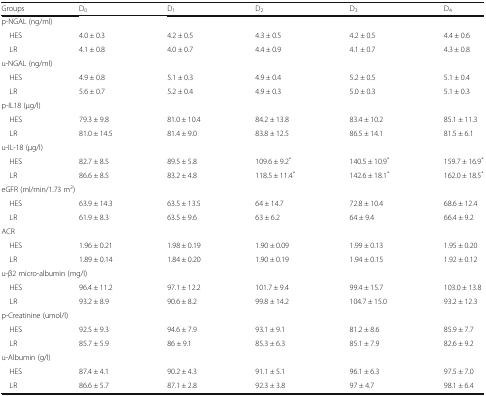
<table><thead><tr><td><b>Groups</b></td><td><b>D<sub>0</sub></b></td><td><b>D<sub>1</sub></b></td><td><b>D<sub>2</sub></b></td><td><b>D<sub>3</sub></b></td><td><b>D<sub>4</sub></b></td></tr></thead><tbody><tr><td colspan="6">p-NGAL (ng/ml)</td></tr><tr><td> HES</td><td>4.0 ± 0.3</td><td>4.2 ± 0.5</td><td>4.3 ± 0.5</td><td>4.2 ± 0.5</td><td>4.4 ± 0.6</td></tr><tr><td> LR</td><td>4.1 ± 0.8</td><td>4.0 ± 0.7</td><td>4.4 ± 0.9</td><td>4.1 ± 0.7</td><td>4.3 ± 0.8</td></tr><tr><td colspan="6">u-NGAL (ng/ml)</td></tr><tr><td> HES</td><td>4.9 ± 0.8</td><td>5.1 ± 0.3</td><td>4.9 ± 0.4</td><td>5.2 ± 0.5</td><td>5.1 ± 0.4</td></tr><tr><td> LR</td><td>5.6 ± 0.7</td><td>5.2 ± 0.4</td><td>4.9 ± 0.3</td><td>5.0 ± 0.3</td><td>5.1 ± 0.3</td></tr><tr><td colspan="6">p-IL18 (μg/l)</td></tr><tr><td> HES</td><td>79.3 ± 9.8</td><td>81.0 ± 10.4</td><td>84.2 ± 13.8</td><td>83.4 ± 10.2</td><td>85.1 ± 11.3</td></tr><tr><td> LR</td><td>81.0 ± 14.5</td><td>81.4 ± 9.0</td><td>83.8 ± 12.5</td><td>86.5 ± 14.1</td><td>81.5 ± 6.1</td></tr><tr><td colspan="6">u-IL-18 (μg/l)</td></tr><tr><td> HES</td><td>82.7 ± 8.5</td><td>89.5 ± 5.8</td><td>109.6 ± 9.2<sup>*</sup></td><td>140.5 ± 10.9<sup>*</sup></td><td>159.7 ± 16.9<sup>*</sup></td></tr><tr><td> LR</td><td>86.6 ± 8.5</td><td>83.2 ± 4.8</td><td>118.5 ± 11.4<sup>*</sup></td><td>142.6 ± 18.1<sup>*</sup></td><td>162.0 ± 18.5<sup>*</sup></td></tr><tr><td colspan="6">eGFR (ml/min/1.73 m<sup>2</sup>)</td></tr><tr><td> HES</td><td>63.9 ± 14.3</td><td>63.5 ± 13.5</td><td>64 ± 14.7</td><td>72.8 ± 10.4</td><td>68.6 ± 12.4</td></tr><tr><td> LR</td><td>61.9 ± 8.3</td><td>63.5 ± 9.6</td><td>63 ± 6.2</td><td>64 ± 9.4</td><td>66.4 ± 9.2</td></tr><tr><td colspan="6">ACR</td></tr><tr><td> HES</td><td>1.96 ± 0.21</td><td>1.98 ± 0.19</td><td>1.90 ± 0.09</td><td>1.99 ± 0.13</td><td>1.95 ± 0.20</td></tr><tr><td> LR</td><td>1.89 ± 0.14</td><td>1.84 ± 0.20</td><td>1.90 ± 0.19</td><td>1.94 ± 0.15</td><td>1.92 ± 0.12</td></tr><tr><td colspan="6">u-β2 micro-albumin (mg/l)</td></tr><tr><td> HES</td><td>96.4 ± 11.2</td><td>97.1 ± 12.2</td><td>101.7 ± 9.4</td><td>99.4 ± 15.7</td><td>103.0 ± 13.8</td></tr><tr><td> LR</td><td>93.2 ± 8.9</td><td>90.6 ± 8.2</td><td>99.8 ± 14.2</td><td>104.7 ± 15.0</td><td>93.2 ± 12.3</td></tr><tr><td colspan="6">p-Creatinine (umol/l)</td></tr><tr><td> HES</td><td>92.5 ± 9.3</td><td>94.6 ± 7.9</td><td>93.1 ± 9.1</td><td>81.2 ± 8.6</td><td>85.9 ± 7.7</td></tr><tr><td> LR</td><td>85.7 ± 5.9</td><td>86 ± 9.1</td><td>85.3 ± 6.3</td><td>85.1 ± 7.9</td><td>82.6 ± 9.2</td></tr><tr><td colspan="6">u-Albumin (g/l)</td></tr><tr><td> HES</td><td>87.4 ± 4.1</td><td>90.2 ± 4.3</td><td>91.1 ± 5.1</td><td>96.1 ± 6.3</td><td>97.5 ± 7.0</td></tr><tr><td> LR</td><td>86.6 ± 5.7</td><td>87.1 ± 2.8</td><td>92.3 ± 3.8</td><td>97 ± 4.7</td><td>98.1 ± 6.4</td></tr></tbody></table>